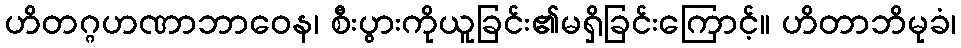
ဟိတဂ္ဂဟဏာဘာဝေန၊ စီးပွားကိုယူခြင်း၏မရှိခြင်းကြောင့်။ ဟိတာဘိမုခံ၊